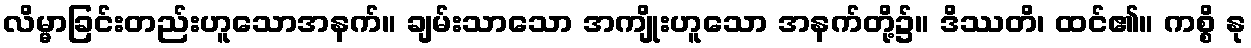
လိမ္မာခြင်းတည်းဟူသောအနက်။ ချမ်းသာသော အကျိုးဟူသော အနက်တို့၌။ ဒိဿတိ၊ ထင်၏။ ကစ္စိ နု